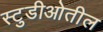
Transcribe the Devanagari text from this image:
स्टुडीओतील